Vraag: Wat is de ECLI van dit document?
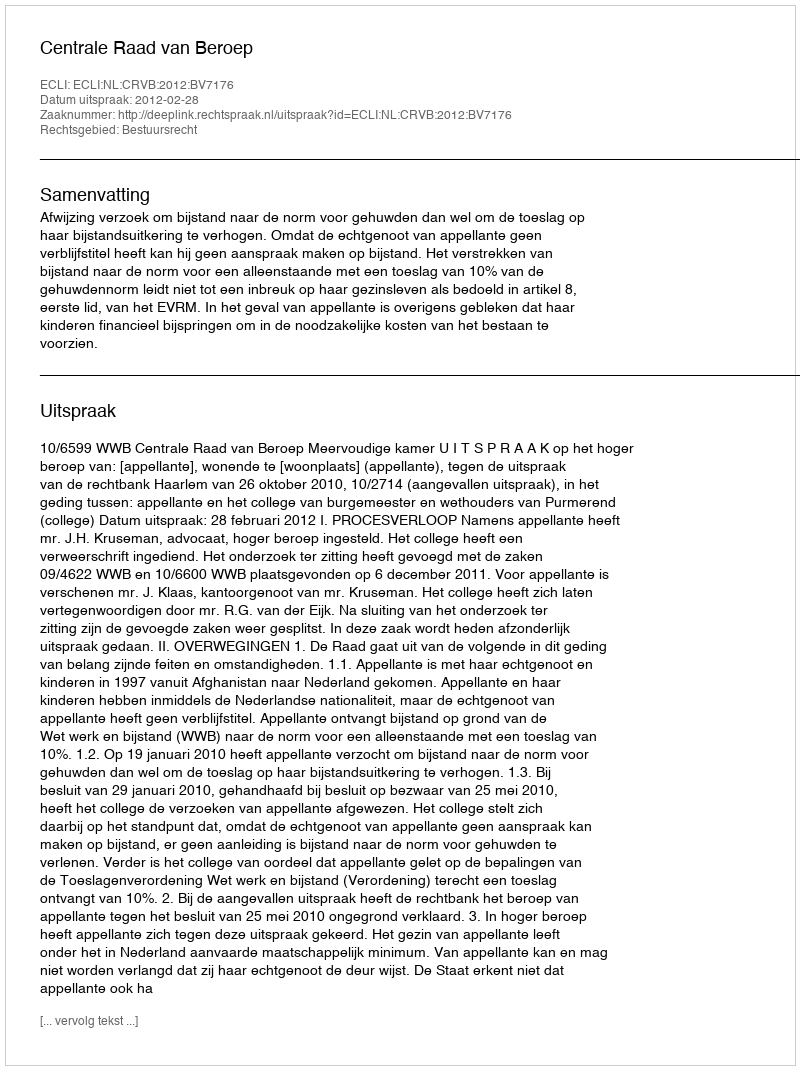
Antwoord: ECLI:NL:CRVB:2012:BV7176